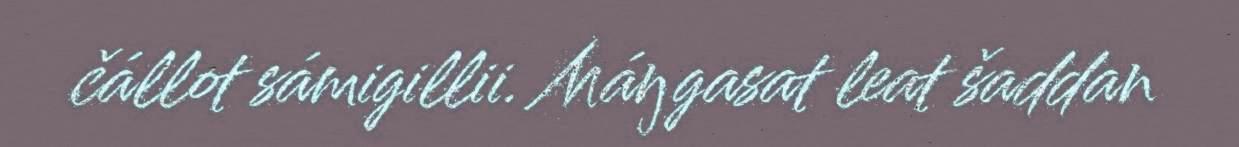
čállot sámigillii. Máŋgasat leat šaddan